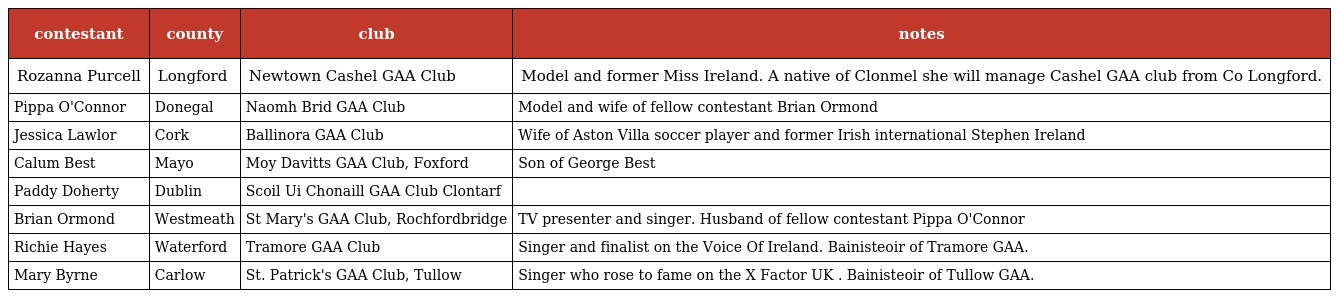
| contestant | county | club | notes |
 | --- | --- | --- | --- |
 | Rozanna Purcell | Longford | Newtown Cashel GAA Club | Model and former Miss Ireland. A native of Clonmel she will manage Cashel GAA club from Co Longford. |
 | Pippa O'Connor | Donegal | Naomh Brid GAA Club | Model and wife of fellow contestant Brian Ormond |
 | Jessica Lawlor | Cork | Ballinora GAA Club | Wife of Aston Villa soccer player and former Irish international Stephen Ireland |
 | Calum Best | Mayo | Moy Davitts GAA Club, Foxford | Son of George Best |
 | Paddy Doherty | Dublin | Scoil Ui Chonaill GAA Club Clontarf |  |
 | Brian Ormond | Westmeath | St Mary's GAA Club, Rochfordbridge | TV presenter and singer. Husband of fellow contestant Pippa O'Connor |
 | Richie Hayes | Waterford | Tramore GAA Club | Singer and finalist on the Voice Of Ireland. Bainisteoir of Tramore GAA. |
 | Mary Byrne | Carlow | St. Patrick's GAA Club, Tullow | Singer who rose to fame on the X Factor UK . Bainisteoir of Tullow GAA. |